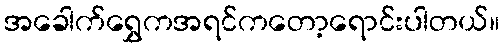
အခေါက်ရွှေကအရင်ကတော့ရောင်းပါတယ်။